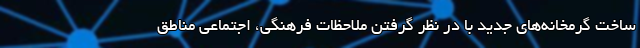
ساخت گرمخانه‌های جدید با در نظر گرفتن ملاحظات فرهنگی، اجتماعی مناطق